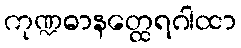
ကုဏ္ဍဓာနတ္ထေရဂါထာ